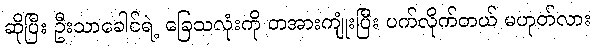
ဆိုပြီး ဦးသာခေါင်ရဲ့ ခြေသလုံးကို တအားကျုံးပြီး ပက်လိုက်တယ် မဟုတ်လား